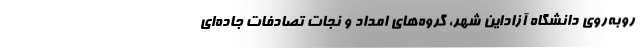
روبه‌روی دانشگاه آزاداین شهر، گروه‌های امداد و نجات تصادفات جاده‌ای